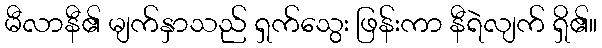
မီလာနီ၏ မျက်နှာသည် ရှက်သွေး ဖြန်းကာ နီရဲလျက် ရှိ၏။